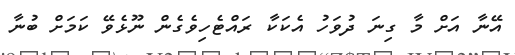
އޭނާ އަށް މާ ގިނަ ދުވަހު އެކަކާ ރައްޓެހިވެގެން ނޫޅެވޭ ކަމަށް ބުނާ